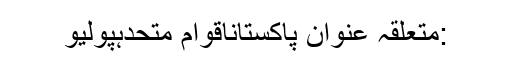
:متعلقہ عنوان پاکستاناقوام متحدہپولیو